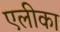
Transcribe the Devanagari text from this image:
एलीका